Statistical return of the lunatic asylum in Assam - 1912-1932
Year: 1912
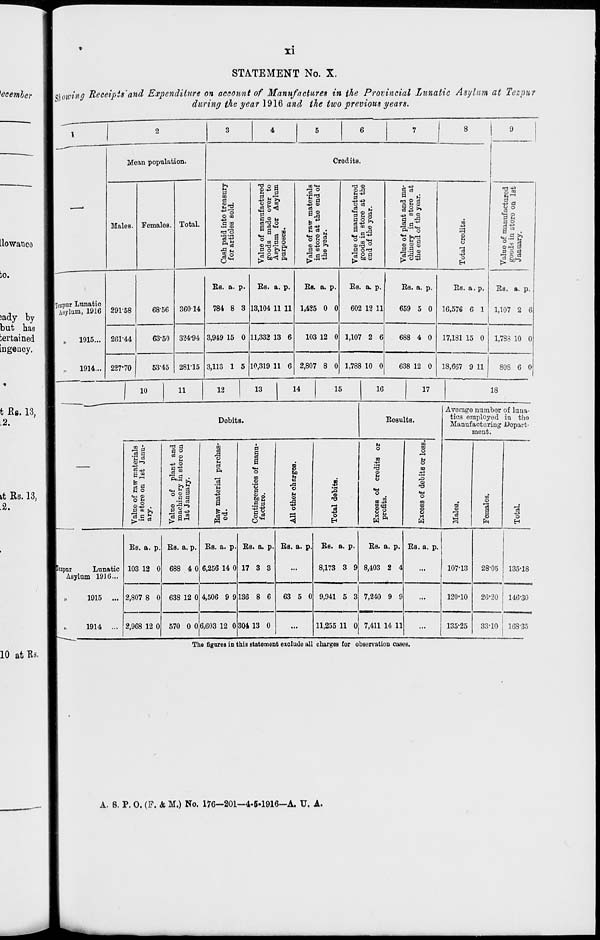
XI
STATEMENT No. X.
\eiomng Receipts'and Expenditure on account of Manufactures in the Provincial Lunatic Asylum at Tezpur
during the year 1916 and the two previous years.
1
2
3
4
5
6
7
8
|
9
Mean population.
Credits.
b 3
GO
g _P
-3°
T3 ©
H -V
0
A1
1%
'a IS
03
"i ® &
o P
-+s ■**
rrt 3> e3
d -
Males. Females. Total.
o to
C tn
a r»
-t-> o
oS
B.S
O e3
g-2*
aft 0 '
"a m &
"3.a IM
P. o
n
43
3
-*J P
•52
H °
eS-p
o
H s
„ m P 9
P O g? *-i
■a p J2 3
^ bo<l ft
°ot OS .+3 ►"»
P 00 <D
"3 P-^
•M.5-*
3
P OTJ
•30a
gog
2
-a
o
H
° ■ 3
r3 c a
Es. a. p.
Es. a. p.
Es. a. p.
Es. a. p.
Es. a. p.
Es. a. p.
Es. *. p.
Tezpnr Lunatic
Asylum, 1916 29158
6856 36014
784 8 3 13,104 11 11 1,425 0 0
602 12 11
659 5 0 16,576 6 1 1,107 2 6
„
1915... 261*44
63-50 324-94 3,949 15 0 11,332 13 6
103 12 0 1,107 2 6
688 4 0 17,181 15 0 1,783 10 0
„
1914... 227-70
5345 281-15 3,113 1 5 10,319 11 6 2,807 8 0 1,788 10 0
638 12 0 18,667 9 11
808 6 0
1 10 11 12 13 14 15
16
17
18
"
Average number of luna-
Debits.
Eesults.
tics omployed in the
Manufacturing Depart-
ment.
Value of raw materials
in Btore on 1st Janu-
ary.
Value of plant and
machinery in store on
1st January.
to
3
M a u
a
ft
3 'n m
c3
a
!*
P
p
o
m
<o
'3
p
8)2
.9 P
u
a
c
I
c
■C
C
t.
a
c
<
i
>
0
I
1
1
1
1
•8
m
O
H
u
o
1
2
5
«H
o
CD{Tl
M 1
CO
00
o
U
o
00
o
»p
•H
o
m
m
o
Q
m
o
-3
to-
es
"as
a
o
"3
o
Es. a. p. Es. a. p. Es. a. p. E 3. a, p. Es. a. p. Es. a. p.
Es. a. p. Es. a. p.
lezpur
Lunatic 103 12 0 688 4 0 1 5,256 14 0 17 3 3
8,173 3 9 8,403 2 4
107-13
28-05 135-18
Asylum 1916...
„
1915 ...
1
2,807 8 0 638 12 0 * 1,506 9 9 136 8 6
63 5 0 9,941 5 3 7,240 9 9
...
120-10
26-20 146-30
1914 ... 2,968 12 0 570 0 0 6,603 12 0 304 13 0
...
11,255 11 0 7,411 14 11
...
135-25
33-10 j 168-35
The figures in this statement exclude all charges for observation cases.
A. B. P. 0. (F. & M.) No. 176-201-4-5-1916—A. U, A.